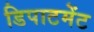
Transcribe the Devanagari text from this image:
डिपाटमेंट